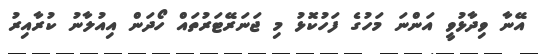
އޭނާ ވިދާޅުވީ އަންނަ މަހުގެ ފަހުކޮޅު މި ޖަނަރޭޓަރުތައް ހޯދަން އިއުލާނު ކުރާއިރު